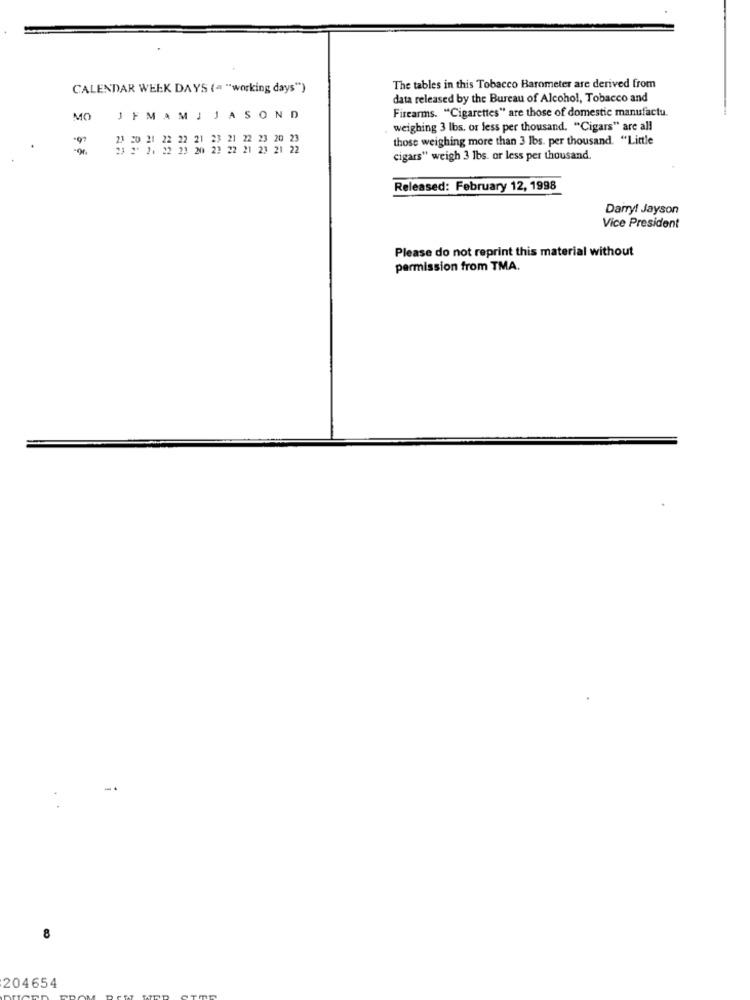
CALENDAR WEEK DAYS (= "working days")
The tables in this Tobacco Barometer are derived from
data released by the Bureau of Alcohol, Tobacco and
Firearms. "Cigarettes" are those of domestic manufactu.
MO
JFMAMJ JASOND
weighing 3 lbs. or less per thousand. "Cigars" are all
$ 21 22 23 20 23
those weighing more than 3 lbs. per thousand. "Little
23 22 21 23 21 22
cigars" weigh 3 lbs. or less per thousand.
Released: February 12, 1998
Darryl Jayson
Vice President
Please do not reprint this material without
permission from TMA.
8
204654